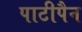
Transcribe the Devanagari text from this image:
पाटीपैन